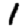
Digit: 1